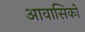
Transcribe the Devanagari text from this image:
आवासिकों